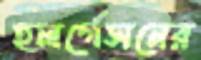
হলর্গেসনের